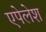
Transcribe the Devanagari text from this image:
एपेलेश